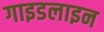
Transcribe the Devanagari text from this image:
गाइडलाइन